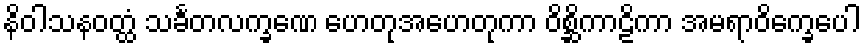
နိဝါသနဝတ္ထံ သင်္ခတလက္ခဏေ ဟေတုအဟေတုကာ ဝိစ္ဆိကာဠိကာ အမရာဝိက္ခေပေါ